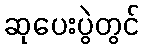
ဆုပေးပွဲတွင်